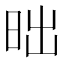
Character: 昢